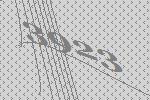
3923